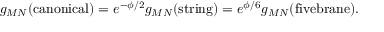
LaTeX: { g _ { M N } ( \mathrm { c a n o n i c a l } ) = e ^ { - \phi / 2 } g _ { M N } ( \mathrm { s t r i n g } ) = e ^ { \phi / 6 } g _ { M N } ( \mathrm { f i v e b r a n e } ) . }